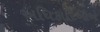
અધિકારિઓએ